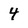
Character: 4